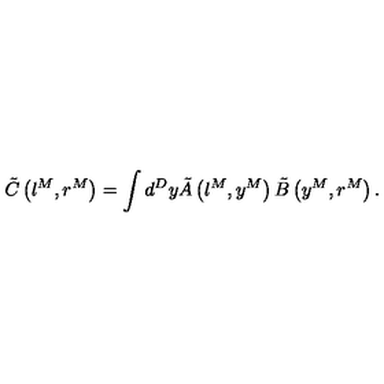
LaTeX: \tilde { C } \left( l ^ { M } , r ^ { M } \right) = \int d ^ { D } y \tilde { A } \left( l ^ { M } , y ^ { M } \right) \tilde { B } \left( y ^ { M } , r ^ { M } \right) .